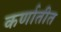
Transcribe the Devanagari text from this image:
कर्णातीत